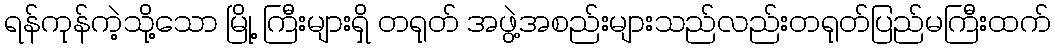
ရန်ကုန်ကဲ့သို့သော မြို့ ကြီးများရှိ တရုတ် အဖွဲ့အစည်းများသည်လည်းတရုတ်ပြည်မကြီးထက်